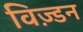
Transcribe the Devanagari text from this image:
विज़्डन